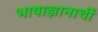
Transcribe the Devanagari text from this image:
भाषाज्ञानार्थी